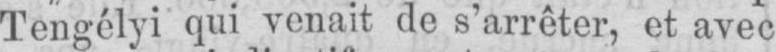
Tengélyi qui venait de s’arrêter, et avec